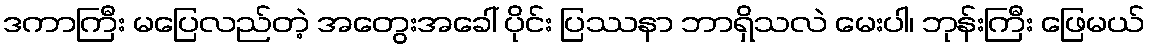
ဒကာကြီး မပြေလည်တဲ့ အတွေးအခေါ် ပိုင်း ပြဿနာ ဘာရှိသလဲ မေးပါ၊ ဘုန်းကြီး ဖြေမယ်